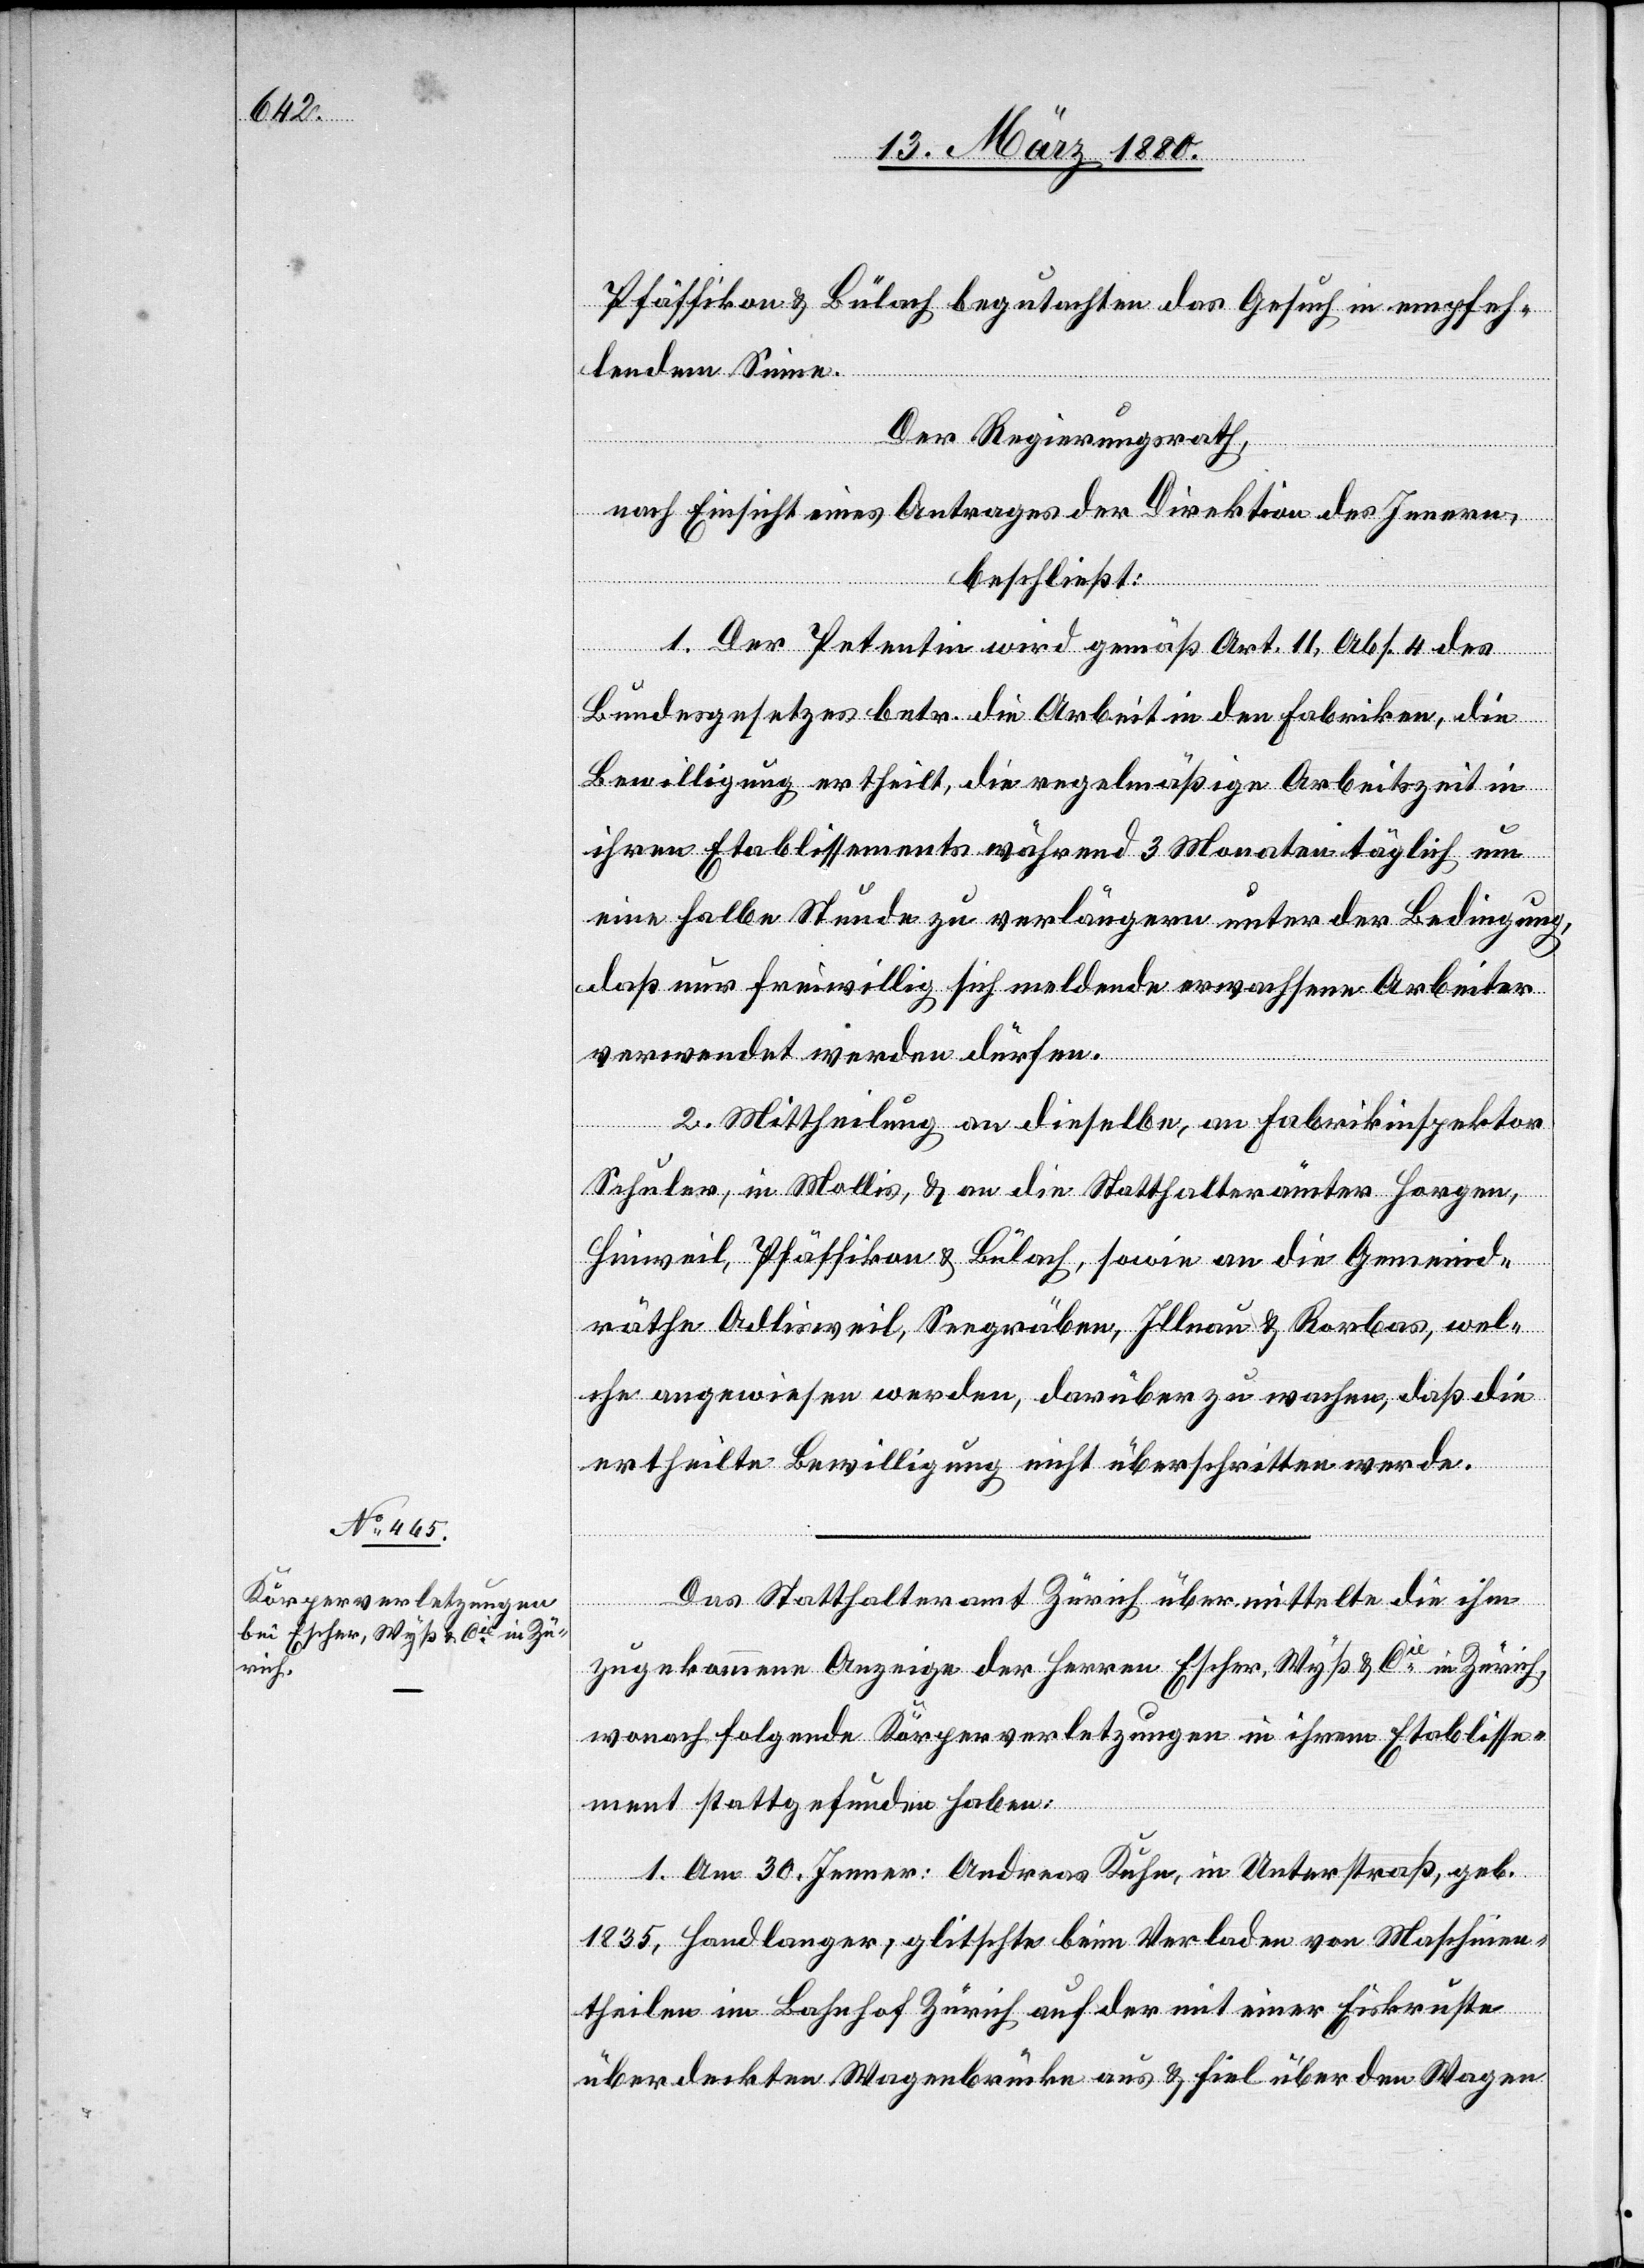
Pfäffikon & Bülach begutachten das Gesuch in empfeh¬
lendem Sinne.
Der Regierungsrath,
nach Einsicht eines Antrages der Direktion des Innern,
beschließt:
1. Der Petentin wird gemäß Art. 11, Abs. 4 des
Bundesgesetzes betr. die Arbeit in den Fabriken, die
Bewilligung ertheilt, die regelmäßige Arbeitszeit in
ihren Etablissements während 3 Monaten täglich um
eine halbe Stunde zu verlängern unter der Bedingung,
daß nur freiwillig sich meldende erwachsene Arbeiter
verwendet werden dürfen.
2. Mittheilung an dieselbe, an Fabrikinspektor
Schuler in Mollis & an die Statthalterämter Horgen,
Hinweil, Pfäffikon & Bülach, sowie an die Gemeind¬
räthe Adlisweil, Seegräben, Illnau & Rorbas, wel¬
che angewiesen werden, darüber zu wachen, daß die
ertheilte Bewilligung nicht überschritten werde.
Das Statthalteramt Zürich übermittelte die ihm
zugekommene Anzeige der Herren Escher, Wyß & Cie in Zürich,
wonach folgende Körperverletzungen in ihrem Etablisse¬
ment stattgefunden haben:
1. Am 30. Jenner: Andreas Kuhn, in Unterstraß, geb.
1835, Handlanger; glitschte beim Verladen von Maschinen¬
theilen im Bahnhof Zürich auf der mit einer Eiskruste
überdeckten Wagenbrücke aus & fiel über den Wagen